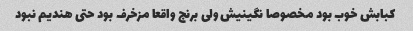
کبابش خوب بود مخصوصا نگینیش ولی برنج واقعا مزخرف بود حتی هندیم نبود